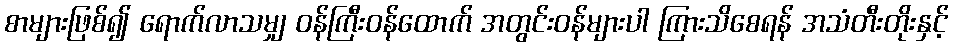
စာများဖြစ်၍ ရောက်လာသမျှ ဝန်ကြီးဝန်ထောက် အတွင်းဝန်များပါ ကြားသိစေရန် အသံတီးတိုးနှင့်